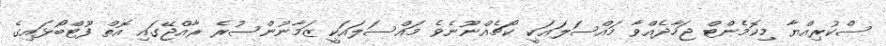
ސްކުރިއްޔާ މިކޮމެންޓް ޖަހާދެއްވާ މައްސަލައަކީ ކޯޗެއްނޫނެވެ މައްސަލައަކީ ޒަމާނުންސުރެ ރާއްޖޭގައި އޮތް ފޫޓްބޯޅައިގެ